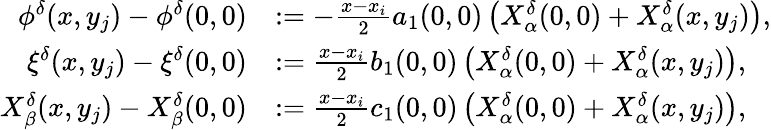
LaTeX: \begin{array}{rl}{\phi^{\delta}(x,y_{j})-\phi^{\delta}(0,0)}&{:=-\textstyle\frac{x-x_{i}}{2}a_{1}(0,0)\left(X_{\alpha}^{\delta}(0,0)+X_{\alpha}^{\delta}(x,y_{j})\right),}\\ {\xi^{\delta}(x,y_{j})-\xi^{\delta}(0,0)}&{:=\textstyle\frac{x-x_{i}}{2}b_{1}(0,0)\left(X_{\alpha}^{\delta}(0,0)+X_{\alpha}^{\delta}(x,y_{j})\right),}\\ {X_{\beta}^{\delta}(x,y_{j})-X_{\beta}^{\delta}(0,0)}&{:=\textstyle\frac{x-x_{i}}{2}c_{1}(0,0)\left(X_{\alpha}^{\delta}(0,0)+X_{\alpha}^{\delta}(x,y_{j})\right),}\end{array}